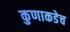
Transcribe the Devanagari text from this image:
कुणाकडेच